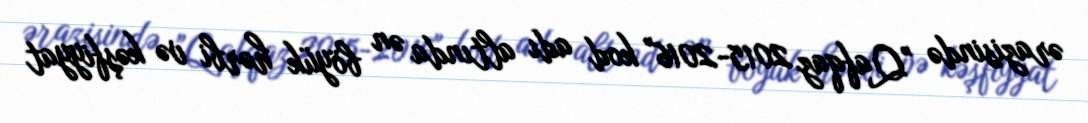
ərazisində ”Qafqaz 2015-2016" kod adı altında ən böyük hərbi və kəşfiyyat